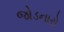
જોડનારો